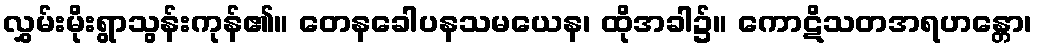
လွှမ်းမိုးရွာသွန်းကုန်၏။ တေနခေါပနသမယေန၊ ထိုအခါ၌။ ကောဋိသတအရဟန္တော၊